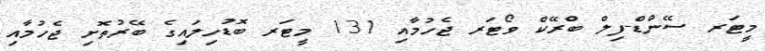
މީޓަރ ސޭންޑް-ފިލް ބްރޭކް ވޯޓަރ ޖެހުމާއި 131 މީޓަރ ބޮޑުހިލައިގެ ބޭރުތޮށި ޖެހުމާއި